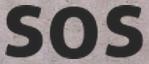
SOS